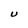
Character: U